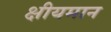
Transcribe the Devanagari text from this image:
क्षीयमान